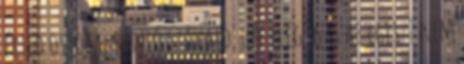
érted ostoba, bántó szavaid. uff.elég .gas az egész? nem